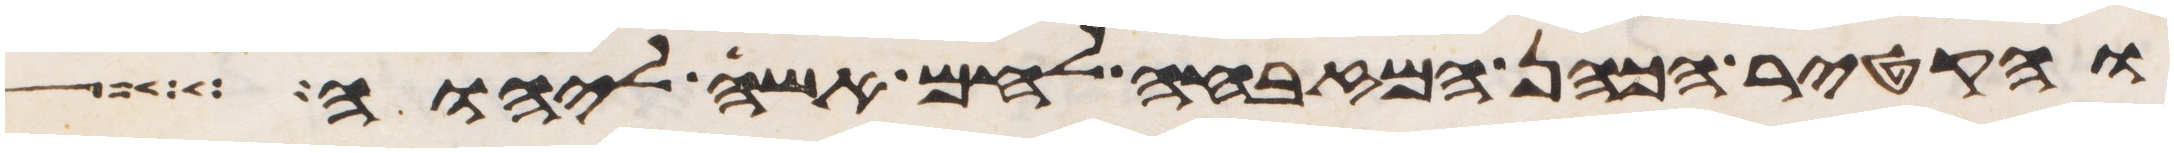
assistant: והקטיר הכהן המזבחה לחם אשה ליהוה